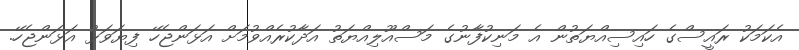
އެކަމަކު ރައީސްގެ ހައިސިއްޔަތުން އެ މަނިކުފާނުގެ މަސްއޫލިއްޔަތު އަދާކުރެއްވުމަށް އަޅަންޖެހޭ ފިޔަވަޅު އަޅަންޖެހޭ.